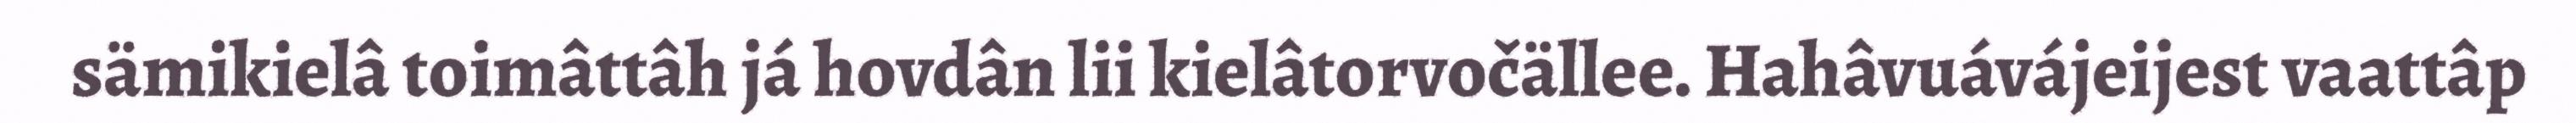
sämikielâ toimâttâh já hovdân lii kielâtorvočällee. Hahâvuávájeijest vaattâp